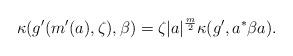
LaTeX: \begin{align*} \kappa(g' (m'(a),\zeta),\beta)=\zeta |a|^{\frac{m}{2}} \kappa (g',a^* \beta a).\end{align*}